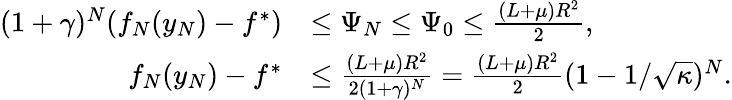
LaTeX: \begin{array}{rl}{(1+\gamma)^{N}(f_{N}(y_{N})-f^{*})}&{\leq\Psi_{N}\leq\Psi_{0}\leq\frac{(L+\mu)R^{2}}{2},}\\ {f_{N}(y_{N})-f^{*}}&{\leq\frac{(L+\mu)R^{2}}{2(1+\gamma)^{N}}=\frac{(L+\mu)R^{2}}{2}(1-1/\sqrt\kappa)^{N}.}\end{array}